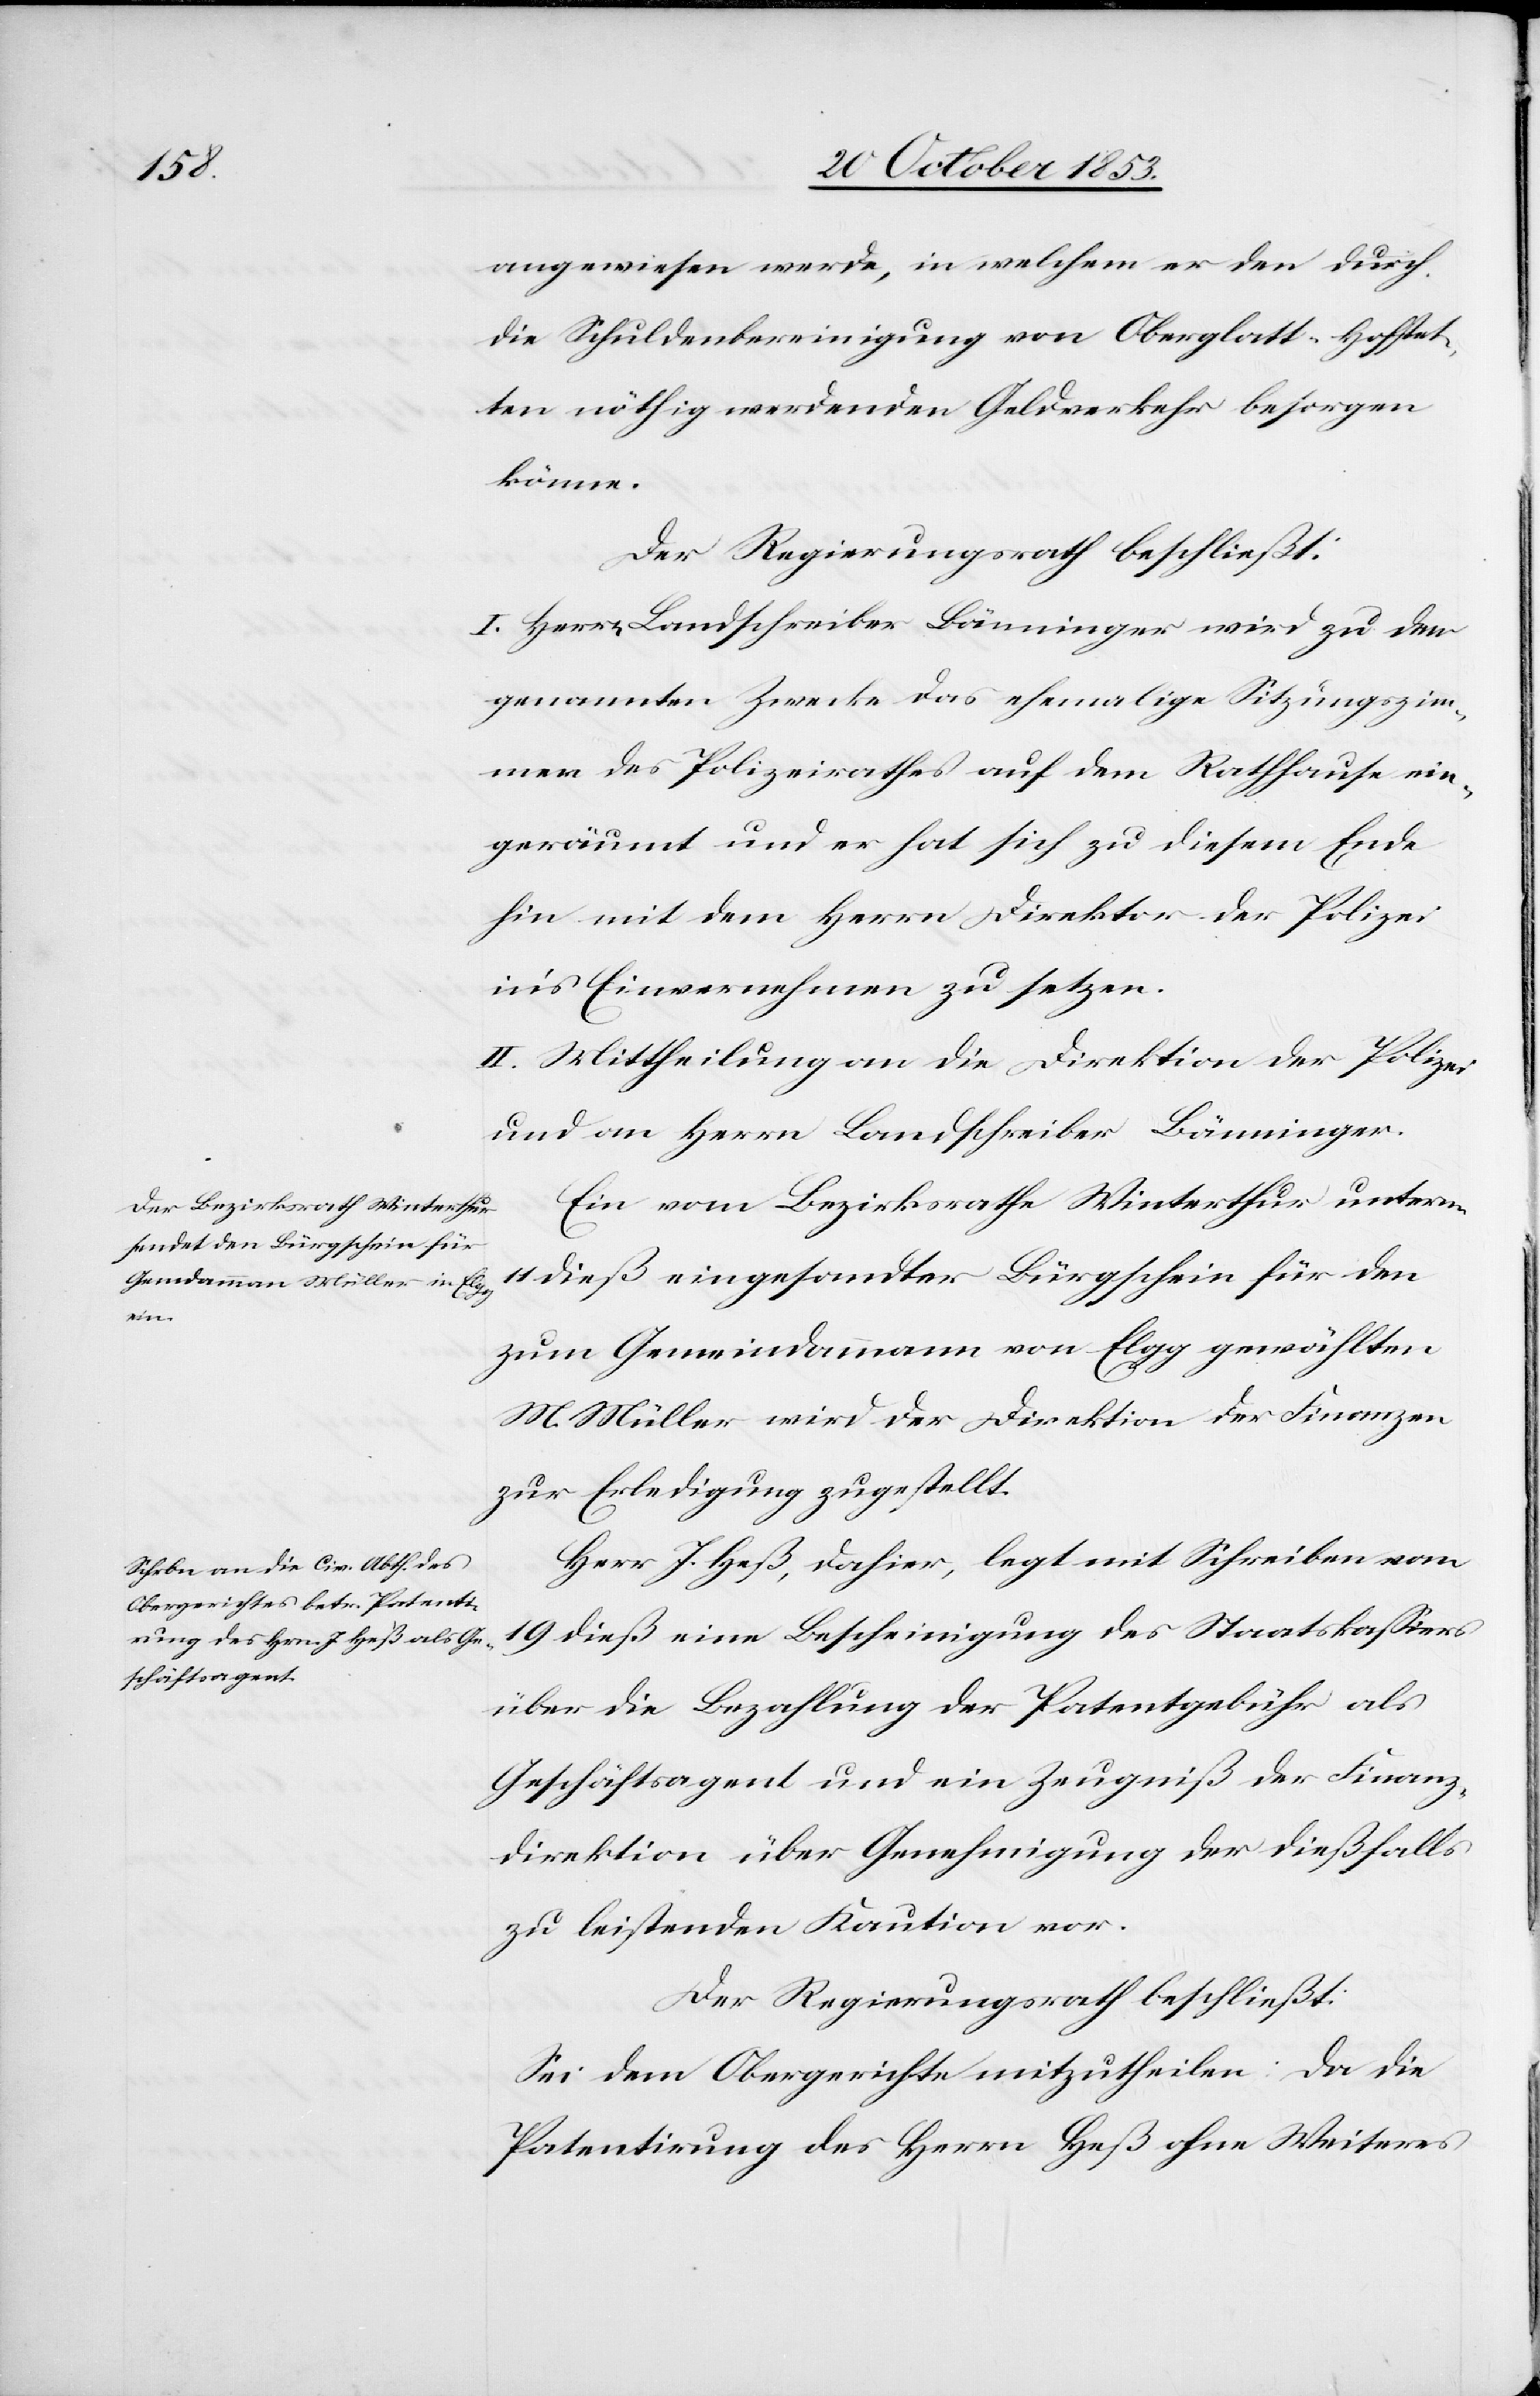
angewiesen werde, in welchem er den durch
die Schuldenbereinigung von Oberglatt-Hofstet¬
ten nöthig gewordenen Geldesverkehr besorgen
könne.
Der Regierungsrath beschließt:
I. Herr Landschreiber Bänninger wird zu dem
genannten Zwecke das ehemalige Sitzungszim¬
mer des Polizeirathes auf dem Rathhause ein¬
geräumt und er hat sich zu diesem Ende
hin mit dem Herrn Direktor der Polizei
in’s Einvernehmen zu setzen.
II. Mittheilung an die Direktion der Polizei
und an Herrn Landschreiber Bänninger.
Ein vom Bezirksrathe Winterthur unterm
11 dieß eingesandter Bürgschein für den
zum Gemeindammann von Elgg gewählten
M. Müller wird der Direktion der Finanzen
zur Erledigung zugestellt.
Herr J. Heß, dahier, legt mit Schreiben vom
19 dieß eine Bescheinigung des Staatskaßirs
über die Bezahlung der Patentgebühr als
Geschäftsagent und ein Zeugniß der Finanz¬
direktion über Genehmigung der dießfalls
zu leistenden Kaution vor.
Der Regierungsrath beschließt:
Sei dem Obergerichte mitzutheilen: Da die
Patentirung des Herrn Heß ohne Weiteres